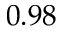
0 . 9 8